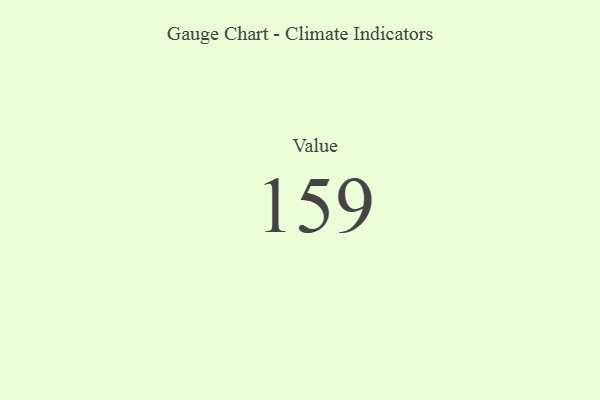
{"axis": {"x": "Metric", "y": "Value"}, "legend": [""], "data": [{"x": "Value", "y": 159, "type": ""}]}